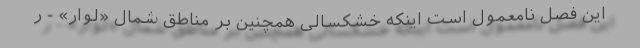
این فصل نامعمول است اینکه خشکسالی همچنین بر مناطق شمال «لوار» - ر